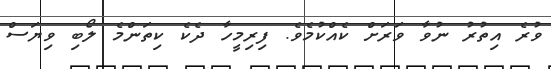
ވުރެ އިތުރު ނުވާ ވަރަށް ކެއްކުމެވެ. ފިރިމީހާ ދެކެ ކިތަންމެ ލޯބި ވިޔަސް